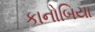
કાનોબિયા